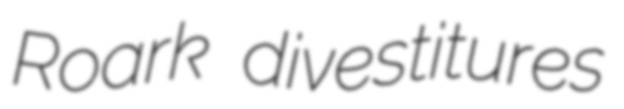
Roark divestitures